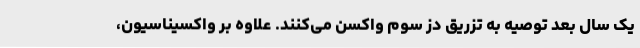
یک سال بعد توصیه به تزریق دُز سوم واکسن می‌کنند. علاوه بر واکسیناسیون،